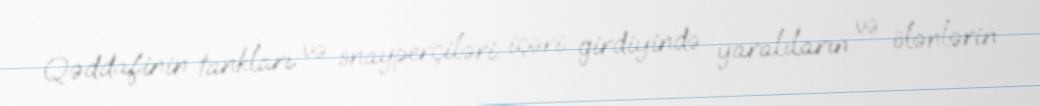
Qəddafinin tankları və snayperçiləri içəri girdiyində yaralıların və ölənlərin